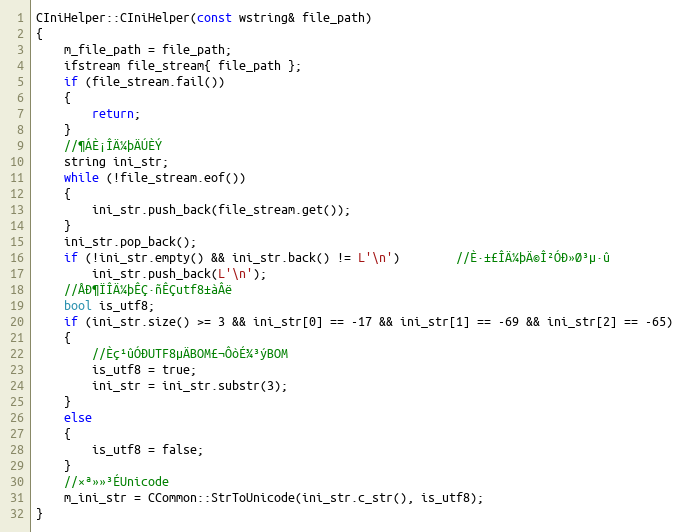
Language: C++
CIniHelper::CIniHelper(const wstring& file_path)
{
	m_file_path = file_path;
	ifstream file_stream{ file_path };
	if (file_stream.fail())
	{
		return;
	}
	//¶ÁÈ¡ÎÄ¼þÄÚÈÝ
	string ini_str;
	while (!file_stream.eof())
	{
		ini_str.push_back(file_stream.get());
	}
	ini_str.pop_back();
	if (!ini_str.empty() && ini_str.back() != L'\n')		//È·±£ÎÄ¼þÄ©Î²ÓÐ»Ø³µ·û
		ini_str.push_back(L'\n');
	//ÅÐ¶ÏÎÄ¼þÊÇ·ñÊÇutf8±àÂë
	bool is_utf8;
	if (ini_str.size() >= 3 && ini_str[0] == -17 && ini_str[1] == -69 && ini_str[2] == -65)
	{
		//Èç¹ûÓÐUTF8µÄBOM£¬ÔòÉ¾³ýBOM
		is_utf8 = true;
		ini_str = ini_str.substr(3);
	}
	else
	{
		is_utf8 = false;
	}
	//×ª»»³ÉUnicode
	m_ini_str = CCommon::StrToUnicode(ini_str.c_str(), is_utf8);
}